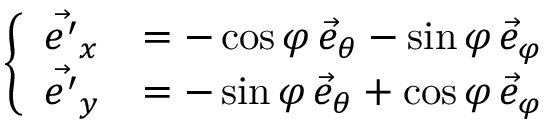
\left\{ \begin{array} { l l } { \Vec { e ^ { \prime } } _ { x } } & { = - \cos { \varphi } \, \Vec { e } _ { \theta } - \sin { \varphi } \, \Vec { e } _ { \varphi } } \\ { \Vec { e ^ { \prime } } _ { y } } & { = - \sin { \varphi } \, \Vec { e } _ { \theta } + \cos { \varphi } \, \Vec { e } _ { \varphi } } \end{array} \right.